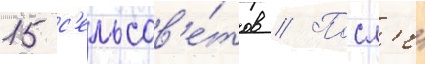
15 с'ельсов'е́тов // Посл'е